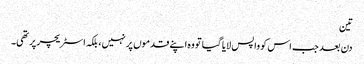
تین
دن بعد جب اس کو واپس لایا گیا تو وہ اپنے قدموں پر نہیں، بلکہ اسٹریچر پر تھی۔